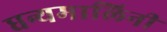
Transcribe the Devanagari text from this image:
धन्यमालिनी